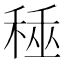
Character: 𥟰